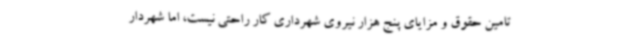
تامین حقوق و مزایای پنج هزار نیروی شهرداری کار راحتی نیست، اما شهردار